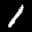
Label: 1